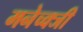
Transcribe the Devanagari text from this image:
मनेच्क्जी